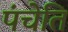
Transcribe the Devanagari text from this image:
पंचेति